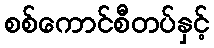
စစ်ကောင်စီတပ်နှင့်